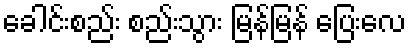
ခေါင်းစည်း စည်းသွား မြန်မြန် ပြေးလေ